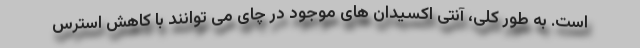
است. به طور کلی، آنتی اکسیدان های موجود در چای می توانند با کاهش استرس